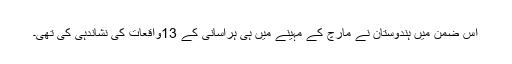
اس ضمن میں ہندوستان نے مارچ کے مہینے میں ہی ہراسانی کے 13واقعات کی نشاندہی کی تھی۔